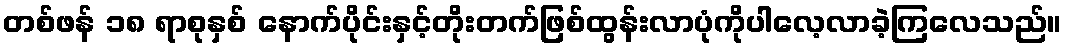
တစ်ဖန် ၁၈ ရာစုနှစ် နောက်ပိုင်းနှင့်တိုးတက်ဖြစ်ထွန်းလာပုံကိုပါလေ့လာခဲ့ကြလေသည်။